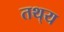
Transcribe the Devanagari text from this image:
तथ्‌य